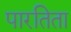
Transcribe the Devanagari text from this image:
पारतिता